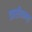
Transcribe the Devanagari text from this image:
काशीकान्त